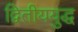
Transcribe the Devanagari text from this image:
द्वितीययुद्ध